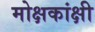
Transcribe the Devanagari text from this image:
मोक्षकांक्षी